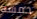
خمسه